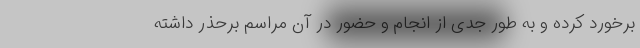
برخورد کرده و به طور جدی از انجام و حضور در آن مراسم برحذر داشته